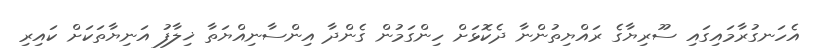
އެހަނގުރާމައިގައި ސޫރިޔާގެ ރައްޔިތުންނާ ދެކޮޅަށް ހިންގަމުން ގެންދާ އިންސާނިއްޔަތާ ޚިލާފު އަނިޔާތަކަށް ކައިރި